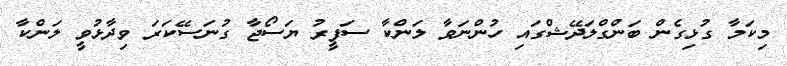
މިކަމާ ގުޅިގެން ބަންގްލަދޭޝްގައި ހުންނަވާ ލަންކާ ސަފީރު ޔަސޯޖާ ގުނަސޭކަރަ ވިދާޅުވީ ލަންކާ